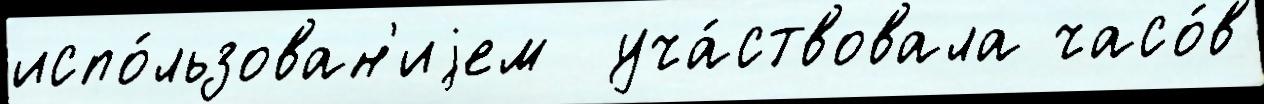
испо́льзован'иjем  уча́ствовала часо́в